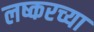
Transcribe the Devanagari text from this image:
लष्करच्या